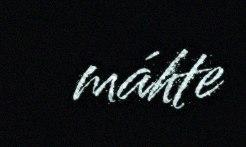
máhte